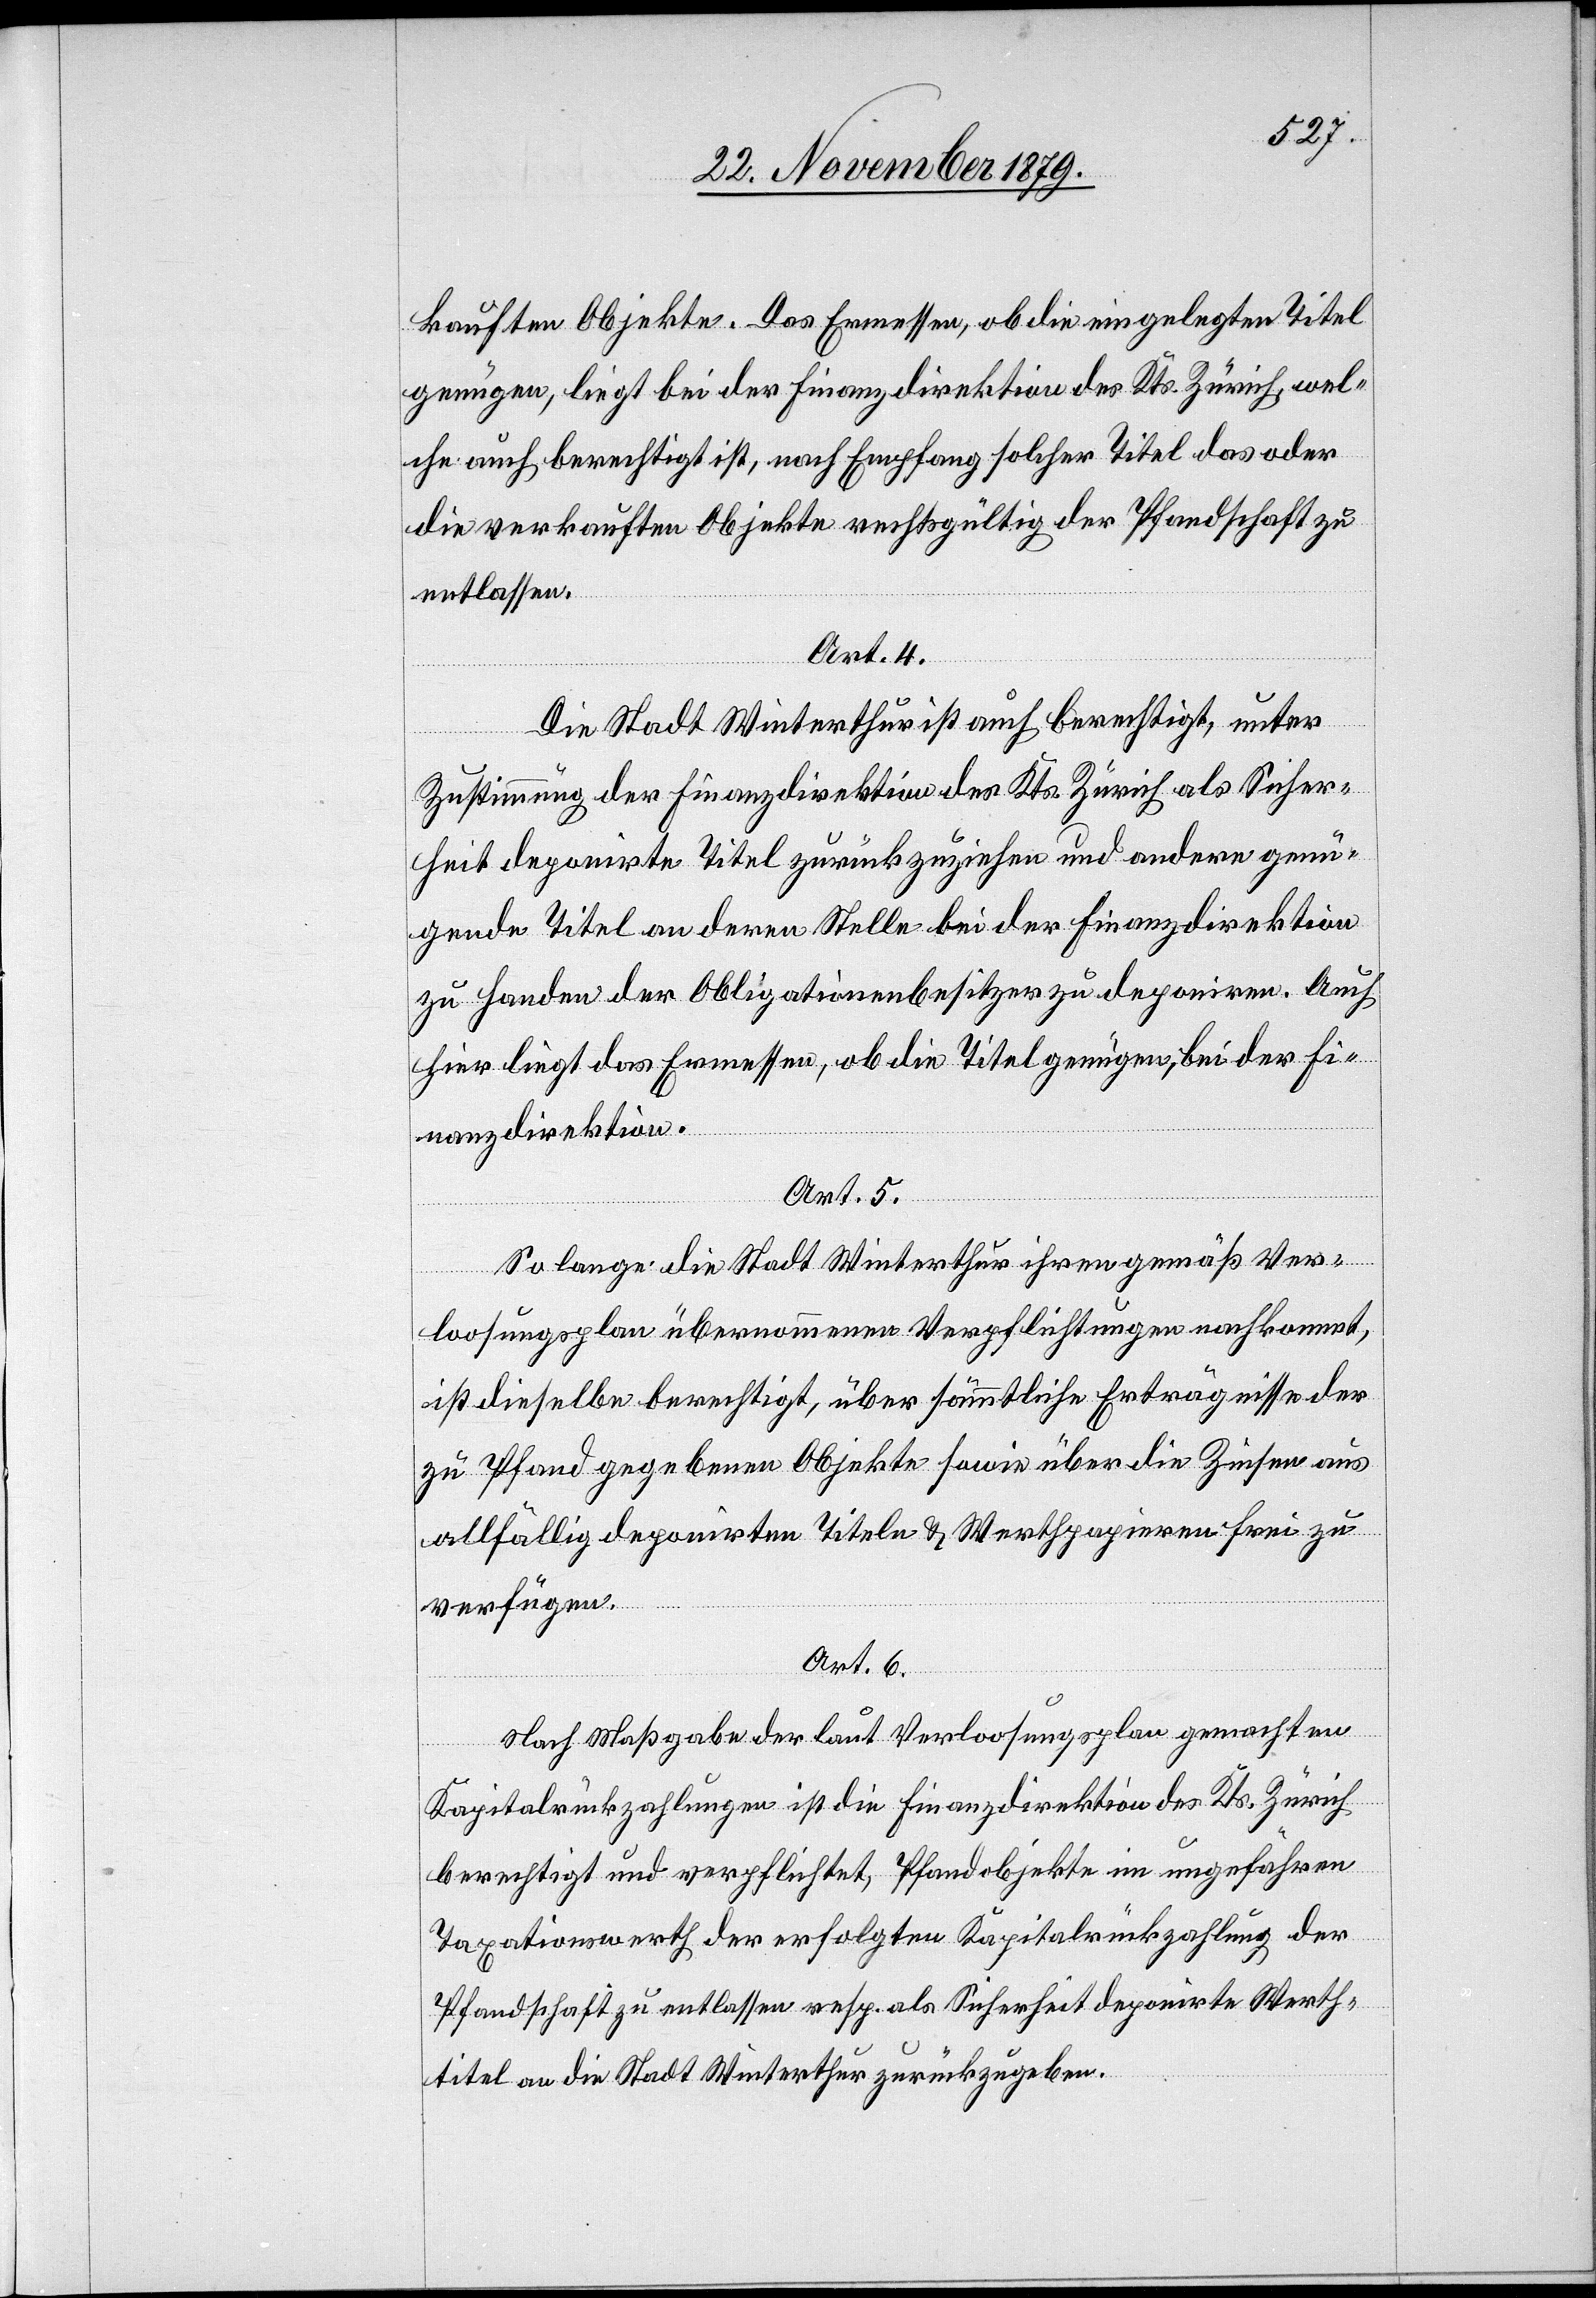
kauften Objekte. Das Ermessen, ob die eingelegten Titel
genügen liegt bei der Finanzdirektion des Kts. Zürich, wel¬
che auch berechtigt ist, nach Empfang solcher Titel das oder
die verkauften Objekte rechtsgültig der Pfandschaft zu
entlassen.
Art. 4
Die Stadt Winterthur ist auch berechtigt, unter
Zustimmung der Finanzdirektion des Kts. Zürich als Sicher¬
heit deponirte Titel zurückzuziehen und andere genü¬
gende Titel an deren Stelle bei der Finanzdirektion
zu Handen der Obligationenbesitzer zu deponiren. Auch
hier liegt das Ermessen, ob die Titel genügen, bei der Fi¬
nanzdirektion.
Art. 5
So lange die Stadt Winterthur ihren gemäß Ver¬
loosungsplan übernommenen Verpflichtungen nachkommt,
ist dieselbe berechtigt, über sämmtliche Erträgnisse der
zu Pfand gegebenen Objekte sowie über die Zinsen aus
allfällig deponirten Titeln & Werthpapieren frei zu
verfügen.
Art. 6
Nach Maßgabe der laut Verloosungsplan gemachten
Kapitalrückzahlungen ist die Finanzdirektion des Kts. Zürich
berechtigt und verpflichtet, Pfandobjekte im ungefähren
Taxationswerth der erfolgten Kapitalrückzahlung der
Pfandschaft zu entlassen resp. als Sicherheit deponirte Werth¬
titel an die Stadt Winterthur zurückzugeben.